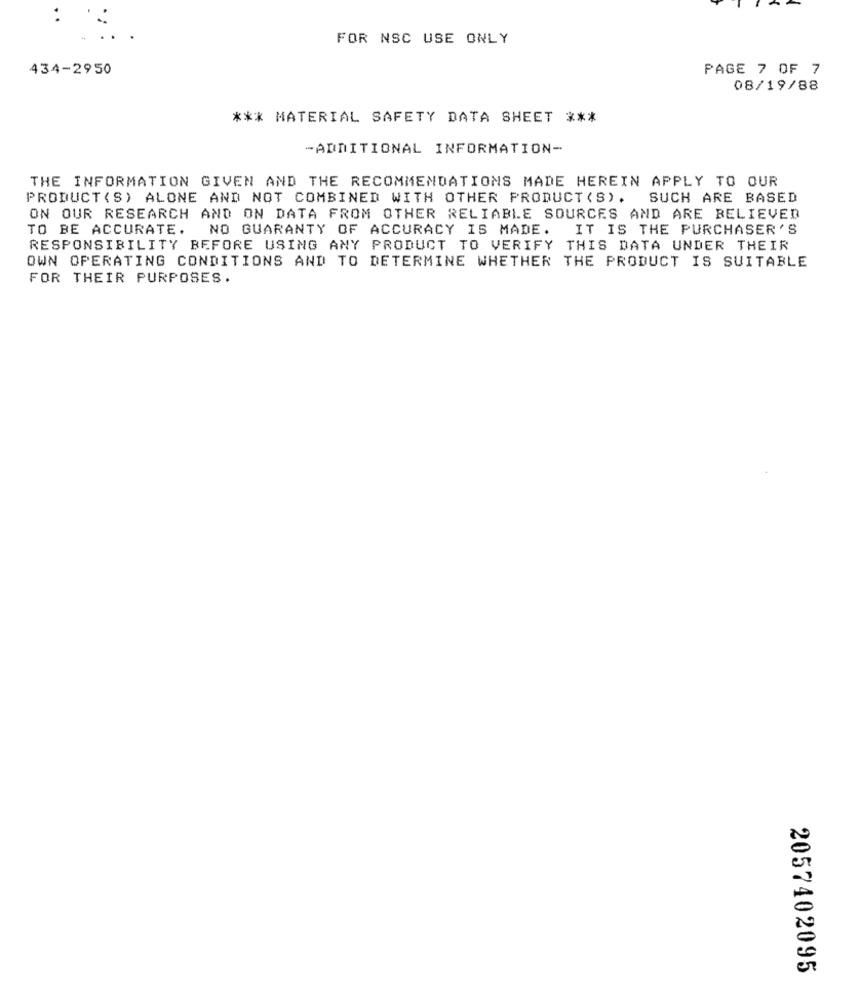
:
FOR NSC USE ONLY
434-2950
PAGE 7 OF 7
08/19/88
*** MATERIAL SAFETY DATA SHEET ***
-ADDITIONAL INFORMATION-
THE INFORMATION GIVEN AND THE RECOMMENDATIONS MADE HEREIN APPLY TO OUR
PRODUCT (S) ALONE AND NOT COMBINED WITH OTHER PRODUCT (S).
SUCH ARE BASED
ON OUR RESEARCH AND ON DATA FROM OTHER RELIABLE SOURCES AND ARE BELIEVED
TO BE ACCURATE. NO GUARANTY OF ACCURACY IS MADE. IT IS THE PURCHASER'S
RESPONSIBILITY BEFORE USING ANY PRODUCT TO VERIFY THIS DATA UNDER THEIR
OWN OPERATING CONDITIONS AND TO DETERMINE WHETHER THE PRODUCT IS SUITABLE
FOR THEIR PURPOSES.
2057402095